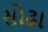
સોઢા